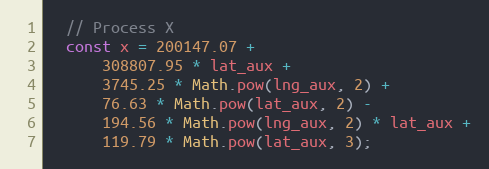
Language: JavaScript
  // Process X
  const x = 200147.07 +
      308807.95 * lat_aux +
      3745.25 * Math.pow(lng_aux, 2) +
      76.63 * Math.pow(lat_aux, 2) -
      194.56 * Math.pow(lng_aux, 2) * lat_aux +
      119.79 * Math.pow(lat_aux, 3);